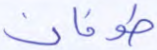
طوفان